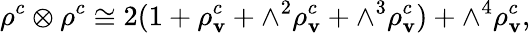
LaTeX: \rho^{c}\otimes\rho^{c}\cong2(1+\rho_{\mathbf{v}}^{c}+\wedge^{2}\rho_{\mathbf{v}}^{c}+\wedge^{3}\rho_{\mathbf{v}}^{c})+\wedge^{4}\rho_{\mathbf{v}}^{c},